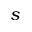
\boldsymbol { s }